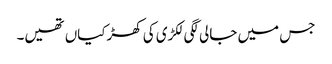
جس میں جالی لگی لکڑی کی کھڑکیاں تھیں۔